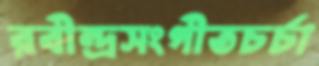
রবীন্দ্রসংগীতচর্চা